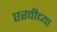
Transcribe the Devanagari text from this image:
एरवीच्या